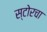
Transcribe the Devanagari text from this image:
स्टोरचा